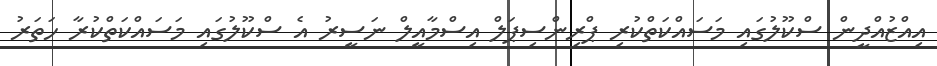
އިއްޒުއްދީން ސްކޫލުގައި މަސައްކަތްކުރި ޕްރިންސިޕަލް އިސްމާއީލް ނަސީރު އެ ސްކޫލުގައި މަސައްކަތްކުރާ ހަތަރު